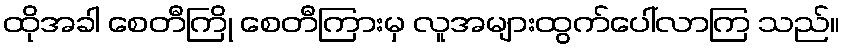
ထိုအခါ စေတီကြို စေတီကြားမှ လူအများထွက်ပေါ်လာကြ သည်။